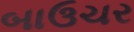
બાઉચર